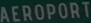
AEROPORT